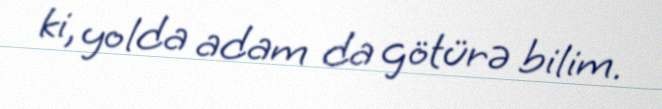
ki, yolda adam da götürə bilim.